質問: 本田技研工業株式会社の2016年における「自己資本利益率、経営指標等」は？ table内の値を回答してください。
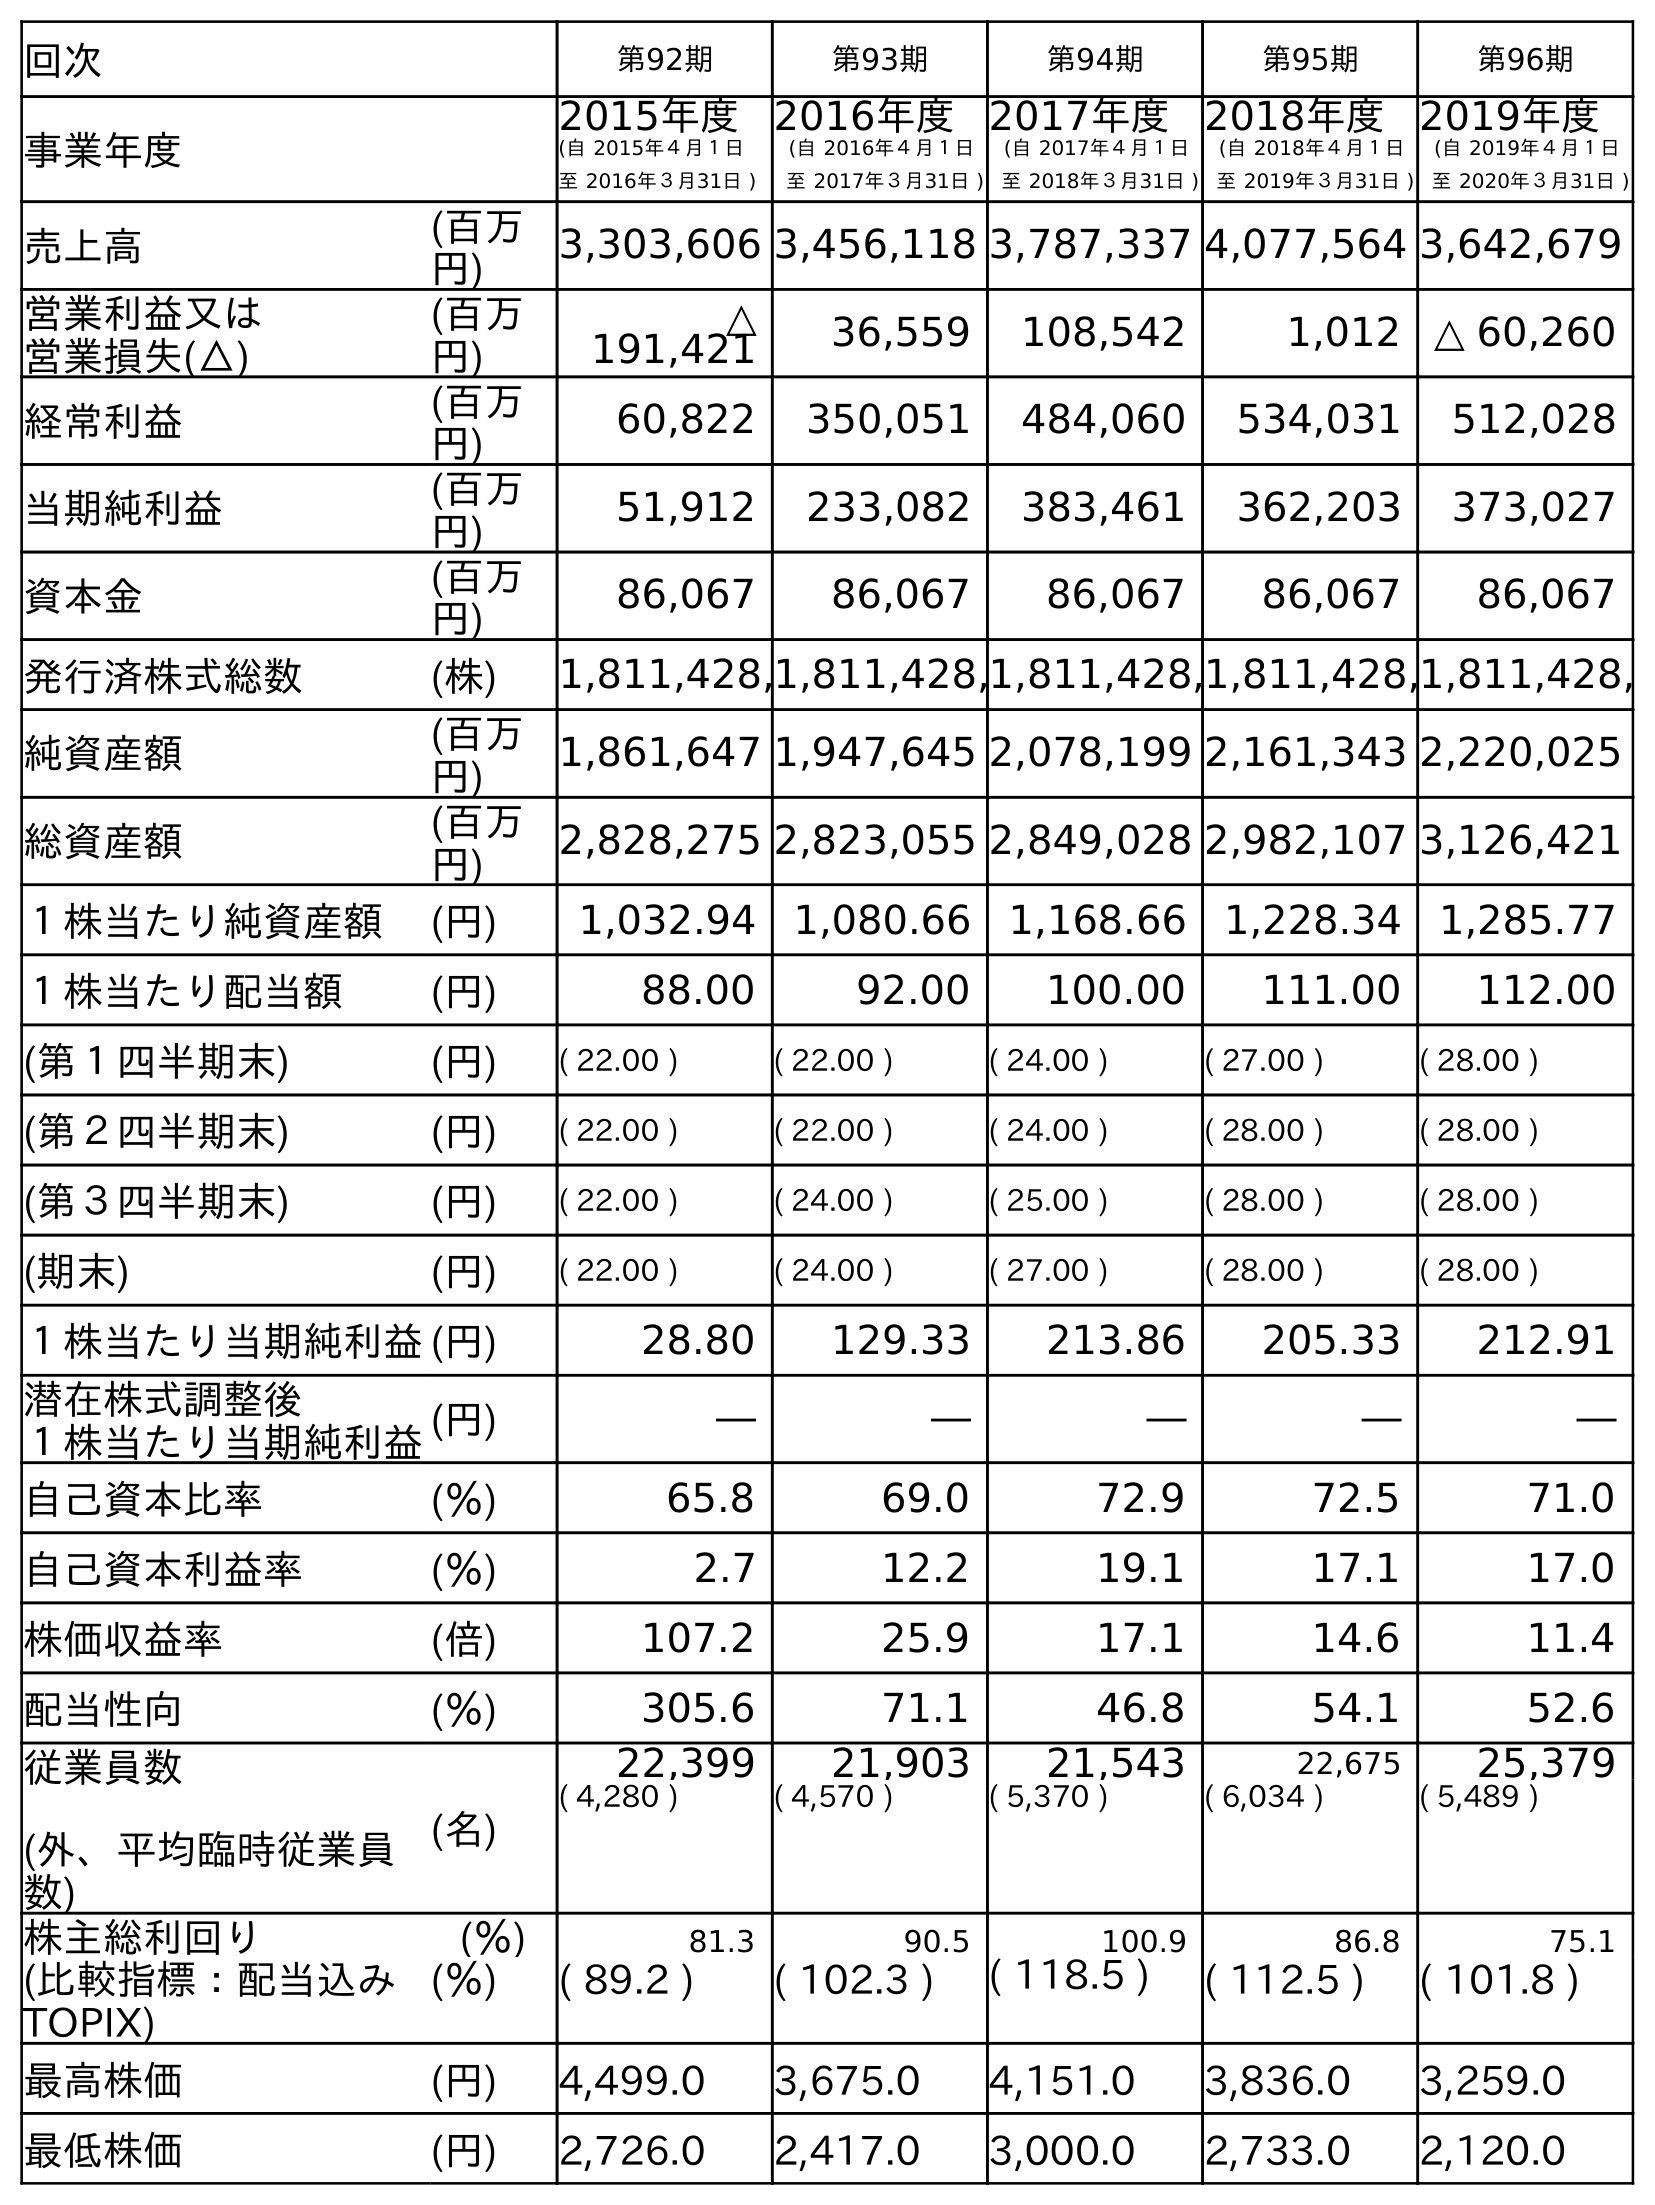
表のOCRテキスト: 回次 第92期 第93期 第94期 第95期 第96期 事業年度 2015年度 (自 2015年４月１日 至 2016年３月31日 ) 2016年度 (自 2016年４月１日 至 2017年３月31日 ) 2017年度 (自 2017年４月１日 至 2018年３月31日 ) 2018年度 (自 2018年４月１日 至 2019年３月31日 ) 2019年度 (自 2019年４月１日 至 2020年３月31日 ) 売上高 (百万 円) 3,303,606 3,456,118 3,787,337 4,077,564 3,642,679 営業利益又は 営業損失(△) (百万 円) △ 191,421 36,559 108,542 1,012 △ 60,260 経常利益 (百万 円) 60,822 350,051 484,060 534,031 512,028 当期純利益 (百万 円) 51,912 233,082 383,461 362,203 373,027 資本金 (百万 円) 86,067 86,067 86,067 86,067 86,067 発行済株式総数 (株) 1,811,428,1,811,428,1,811,428,1,811,428,1,811,428, 純資産額 (百万 円) 1,861,647 1,947,645 2,078,199 2,161,343 2,220,025 総資産額 (百万 円) 2,828,275 2,823,055 2,849,028 2,982,107 3,126,421 １株当たり純資産額 (円) 1,032.94 1,080.66 1,168.66 1,228.34 1,285.77 １株当たり配当額 (円) 88.00 92.00 100.00 111.00 112.00 (第１四半期末) (円) ( 22.00 ) ( 22.00 ) ( 24.00 ) ( 27.00 ) ( 28.00 ) (第２四半期末) (円) ( 22.00 ) ( 22.00 ) ( 24.00 ) ( 28.00 ) ( 28.00 ) (第３四半期末) (円) ( 22.00 ) ( 24.00 ) ( 25.00 ) ( 28.00 ) ( 28.00 ) (期末) (円) ( 22.00 ) ( 24.00 ) ( 27.00 ) ( 28.00 ) ( 28.00 ) １株当たり当期純利益(円) 28.80 129.33 213.86 205.33 212.91 潜在株式調整後 １株当たり当期純利益(円) ― ― ― ― ― 自己資本比率 (％) 65.8 69.0 72.9 72.5 71.0 自己資本利益率 (％) 2.7 12.2 19.1 17.1 17.0 株価収益率 (倍) 107.2 25.9 17.1 14.6 11.4 配当性向 (％) 305.6 71.1 46.8 54.1 52.6 従業員数 (外、平均臨時従業員 数) (名) 22,399 21,903 21,543 22,675 25,379 ( 4,280 ) ( 4,570 ) ( 5,370 ) ( 6,034 ) ( 5,489 ) 株主総利回り (％) 81.3 90.5 100.9 86.8 75.1 (比較指標：配当込み TOPIX) (％) ( 89.2 ) ( 102.3 ) ( 118.5 ) ( 112.5 ) ( 101.8 ) 最高株価 (円) 4,499.0 3,675.0 4,151.0 3,836.0 3,259.0 最低株価 (円) 2,726.0 2,417.0 3,000.0 2,733.0 2,120.0
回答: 2.7